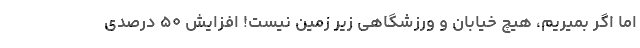
اما اگر بمیریم، هیچ خیابان و ورزشگاهی زیرِ زمین نیست! افزایش ۵۰ درصدی